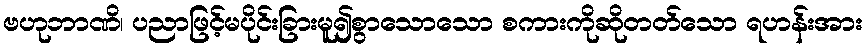
ဗဟုဘာဏိ၊ ပညာဖြင့်မပိုင်းခြားမူ၍စွာသောသော စကားကိုဆိုတတ်သော ရဟန်းအား